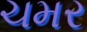
ચમર